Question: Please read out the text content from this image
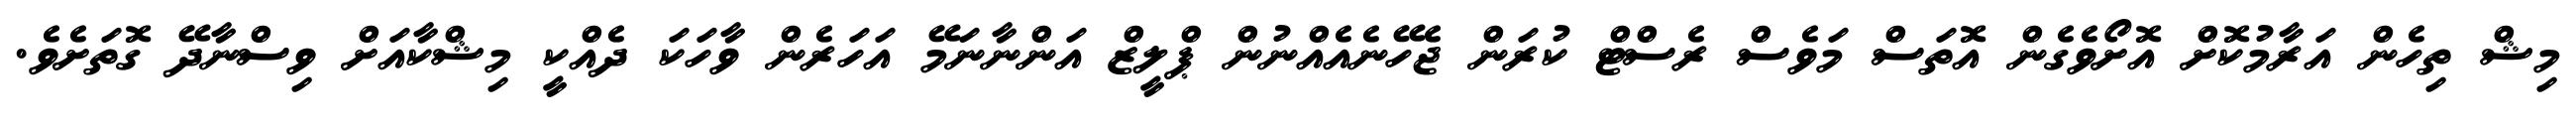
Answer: މިޝް ތިހެން އަރާމުކޮށް އޮށޯވެގެން އޮތަސް މަވެސް ރެސްޓް ކުރަން ޖެހޭނެއެއްނުން ޕްލީޒް އަންނާނަމޭ އަހަރެން ވާހަކަ ދެއްކީ މިޝްކާއަށް ވިސްނާދޭ ގޮތަށެވެ.